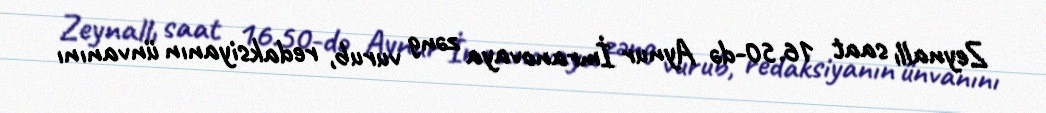
Zeynallı saat 16.50-də Aynur İmranovaya zəng vurub, redaksiyanın ünvanını